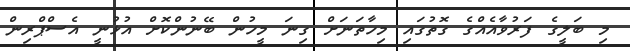
މި ބަލީގެ ފަރުވާއެއްގެ ގޮތުގައި މިހާތަނަށް ގިނަ މީހުން ބޭނުންކޮށް އުޅުނީ އެސްޕްރިން